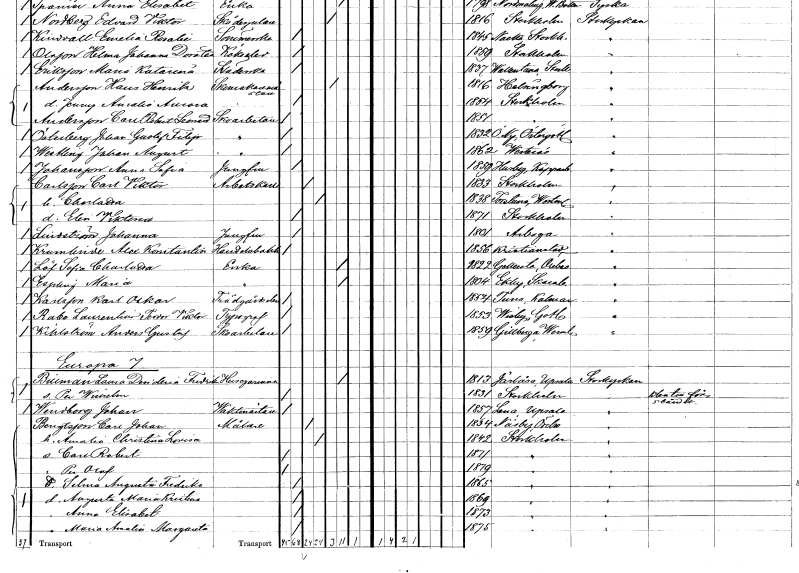
gt_parse: households: individuals: FN: Johan Gustaf Filip
EN: Österberg
YRKE: Skoarbetare
KON: M
CIV: O
FODAR: 1832
FODFORS: Östra Ny Östergötlands län
FN: Johan August
EN: Westling
YRKE: Skoarbetare
KON: M
CIV: O
FODAR: 1862
FODFORS: Västerås Västmanlands län
FN: Anna Sofia
EN: Johansson
YRKE: Jungfru
KON: K
CIV: O
FODAR: 1859
FODFORS: Husby Kopparbergs län
FN: Carl Viktor
EN: Carlsson
YRKE: Arbetskarl
KON: M
CIV: G
FODAR: 1833
FODFORS: Stockholm
FN: Charlotta
KON: K
CIV: G
FODAR: 1838
FODFORS: Torstuna Uppsala län
FN: Elin Viktoria
KON: K
CIV: O
FODAR: 1871
FODFORS: Stockholm
FN: Johanna
EN: Lindström
YRKE: Jungfru
KON: K
CIV: O
FODAR: 1801
FODFORS: Arboga Västmanlands län
FN: Axel Konstantin
EN: Krumlinde
YRKE: Handelsbokhållare
KON: M
CIV: O
FODAR: 1856
FODFORS: Kristianstad Kristianstads län
FN: Sofia Charlotta
EN: Löf
YRKE: Änka
KON: K
CIV: E
FODAR: 1822
FODFORS: Gällersta Örebro län
FN: Maria
EN: Espling
YRKE: Änka
KON: K
CIV: E
FODAR: 1804
FODFORS: Ekby Skaraborgs län
FN: Karl Oskar
EN: Karlsson
YRKE: Trädgårdselev
KON: M
CIV: O
FODAR: 1854
FODFORS: Tuna Kalmar län
FN: Laurentin Teodor Viktor
EN: Rabo
YRKE: Typograf
KON: M
CIV: O
FODAR: 1853
FODFORS: Visby Gotlands län
FN: Anders Gustaf
EN: Kihlström
YRKE: Skoarbetare
KON: M
CIV: O
FODAR: 1859
FODFORS: Gillberga Södermanlands län
FN: Laura Desideria Fredrika
EN: Billman
YRKE: Husägarinna
KON: K
CIV: E
FODAR: 1813
FODFORS: Järlåsa Uppsala län
FN: Per Wilhelm
KON: M
CIV: O
FODAR: 1831
FODFORS: Stockholm
FN: Johan
EN: Wendborg
YRKE: Vaktmästare
KON: M
CIV: O
FODAR: 1857
FODFORS: Lena Uppsala län
FN: Carl Johan
EN: Bengtsson
YRKE: Målare
KON: M
CIV: G
FODAR: 1834
FODFORS: Näsby Örebro län
FN: Amalia Christina Lovisa
KON: K
CIV: G
FODAR: 1842
FODFORS: Stockholm
FN: Carl Robert
KON: M
CIV: O
FODAR: 1871
FODFORS: Stockholm
FN: Per Olof
KON: M
CIV: O
FODAR: 1879
FODFORS: Stockholm
FN: Selma Augusta Fredrika
KON: K
CIV: O
FODAR: 1865
FODFORS: Stockholm
FN: Augusta Maria Kristina
KON: K
CIV: O
FODAR: 1869
FODFORS: Stockholm
FN: Anna Elisabet
KON: K
CIV: O
FODAR: 1873
FODFORS: Stockholm
FN: Maria Amalia Margareta
KON: K
CIV: O
FODAR: 1875
FODFORS: Stockholm